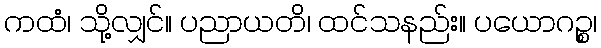
ကထံ၊ သို့လျှင်။ ပညာယတိ၊ ထင်သနည်း။ ပယောဂဉ္စ၊